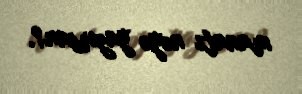
manatı nəyə yazırsan?.